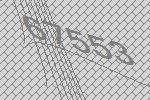
67553